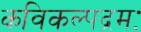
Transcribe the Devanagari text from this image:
कविकल्पद्रमः